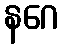
နဂေ